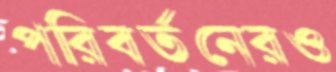
পরিবর্তনেরও